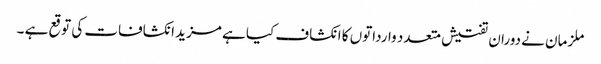
ملزمان نے دوران تفتیش متعدد وارداتوں کا انکشاف کیا ہے مزید انکشافات کی توقع ہے ۔